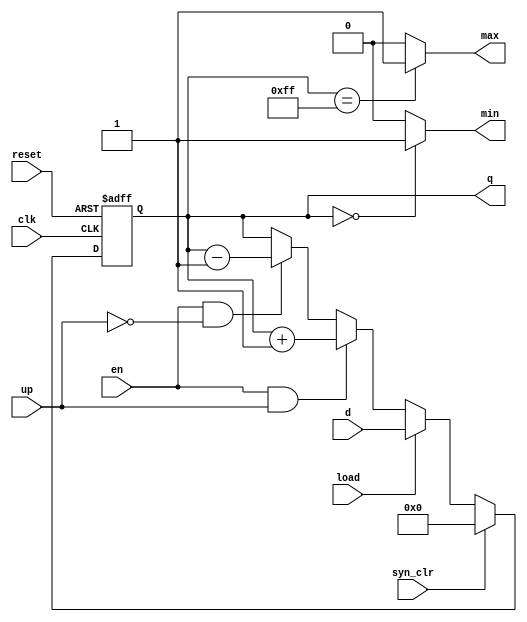
// Code your design here
module univ_bin_counter
#(parameter N=8)
(
input wire clk, reset,
input wire syn_clr , load, en, up,
input wire [N-1:0] d,
output wire max, min,
output wire [N-1:0] q
);

reg [N-1:0] r_reg, r_next;
always @(posedge clk, posedge reset)
if (reset)
r_reg <= 0; 
else
 r_reg <= r_next;
always @(*)
if (syn_clr)
r_next = 0;
else if (load)
r_next = d;
else if (en & up)
r_next = r_reg + 1;
else if (en & ~up)
r_next = r_reg - 1;
else
r_next = r_reg;
assign q = r_reg;
assign max = (r_reg==2**N-1) ? 1'b1 : 1'b0;
assign min = (r_reg==0) ? 1'b1 : 1'b0;
endmodule